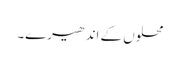
محلوں کے اندھیرے۔